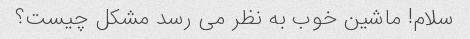
سلام! ماشین خوب به نظر می رسد مشکل چیست؟